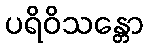
ပရိဝိသန္တော